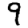
Digit: 9